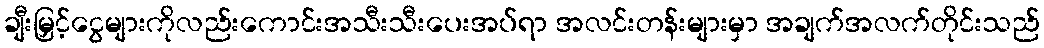
ချီးမြှင့်ငွေများကိုလည်းကောင်းအသီးသီးပေးအပ်ရာ အလင်းတန်းများမှာ အချက်အလက်တိုင်းသည်